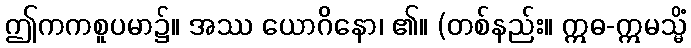
ဤကကစူပမာ၌။ အဿ ယောဂိနော၊ ၏။ (တစ်နည်း။ ဣဓ-ဣမသ္မိံ